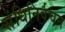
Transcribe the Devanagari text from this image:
संधिनिर्वचन